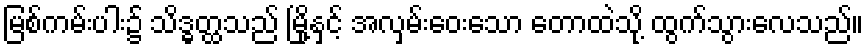
မြစ်ကမ်းပါး၌ သိဒ္ဓတ္ထသည် မြို့နှင့် အလှမ်းဝေးသော တောထဲသို့ ထွက်သွားလေသည်။